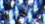
المخصص